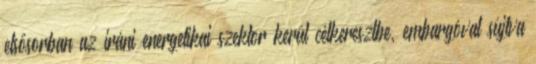
elsősorban az iráni energetikai szektor kerül célkeresztbe, embargóval sújtva